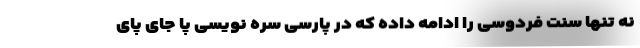
نه تنها سنت فردوسی را ادامه داده که در پارسی سره نویسی پا جای پای